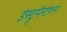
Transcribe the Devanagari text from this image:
इंस्ट्रूमैन्टेशन